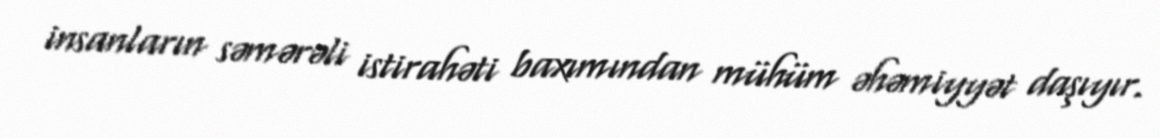
insanların səmərəli istirahəti baxımından mühüm əhəmiyyət daşıyır.